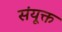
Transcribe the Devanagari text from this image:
संयूक्त